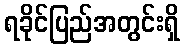
ရခိုင်ပြည်အတွင်းရှိ